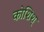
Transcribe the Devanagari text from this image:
कोशिश्